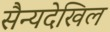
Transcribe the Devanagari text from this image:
सैन्यदेखिल